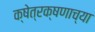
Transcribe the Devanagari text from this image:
क्षेत्रक्षणाच्या